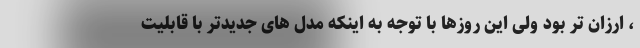
، ارزان تر بود ولی این روزها با توجه به اینکه مدل های جدیدتر با قابلیت